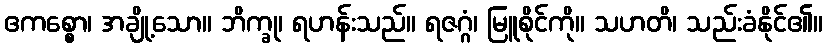
ဧကစ္စော၊ အချို့သော။ ဘိက္ခု၊ ရဟန်းသည်။ ရဇဂ္ဂံ၊ မြူစိုင်ကို။ သဟတိ၊ သည်းခံနိုင်၏။